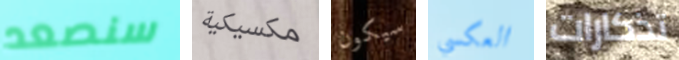
سنصعد مكسيكية سيكون العكسي تذكارات